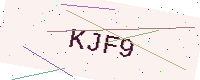
Text: KJF9